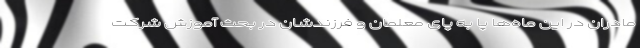
مادران در این ماه‌ها پا به پای معلمان و فرزندشان در بحث آموزش شرکت